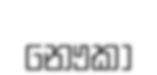
නෞකා